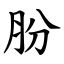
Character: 肦